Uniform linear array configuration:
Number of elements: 16
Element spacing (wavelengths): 0.75
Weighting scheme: blackman
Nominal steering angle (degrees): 45
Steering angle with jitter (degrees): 44.278
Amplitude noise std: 0.05
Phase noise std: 0.05

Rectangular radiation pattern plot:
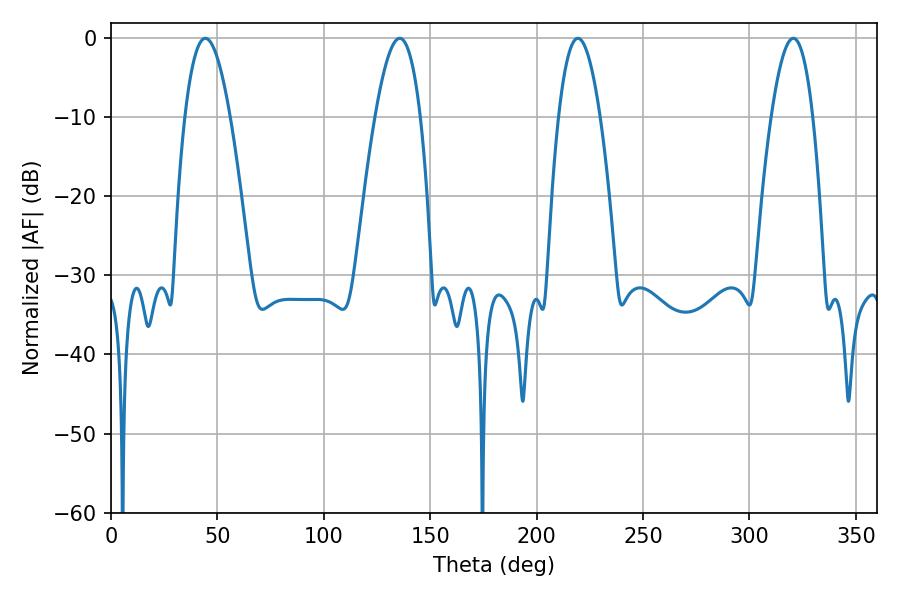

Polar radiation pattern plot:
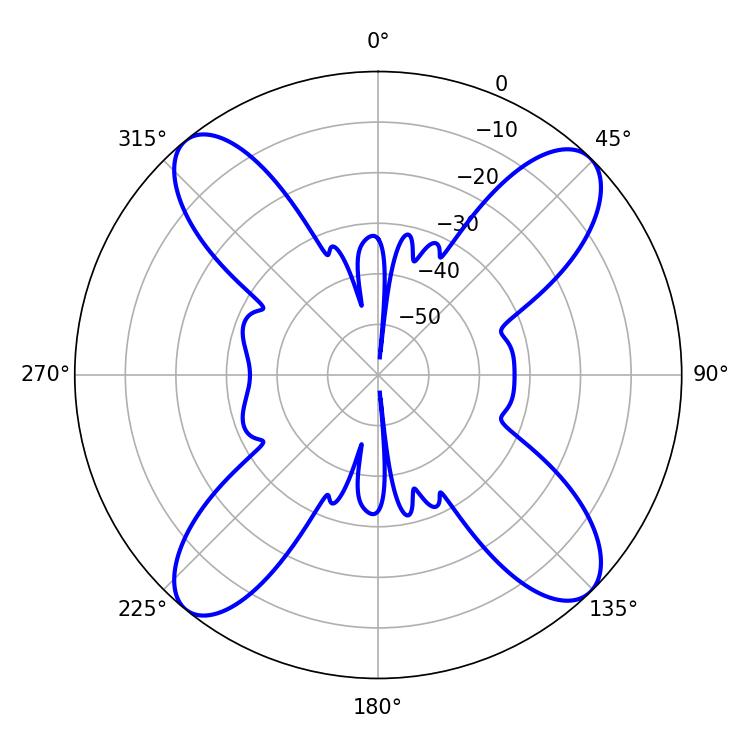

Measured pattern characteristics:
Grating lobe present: TRUE
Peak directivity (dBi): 15.921
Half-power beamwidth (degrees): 10.8
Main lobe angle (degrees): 219.42